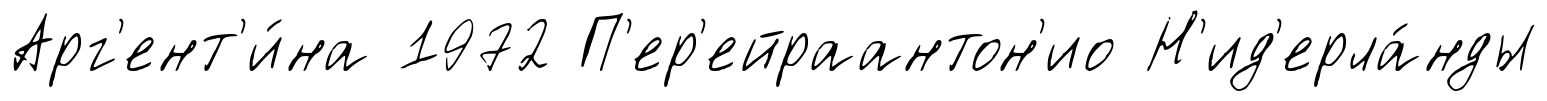
Арг'ент'и́на 1972 П'ер'ейраантон'ио Н'ид'ерла́нды